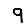
Digit: 9